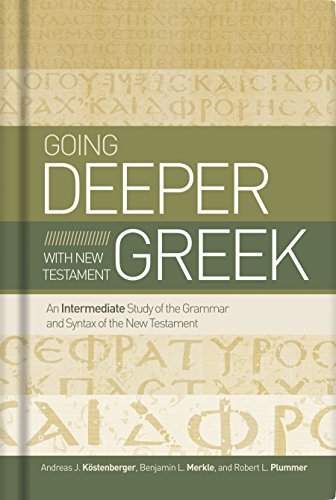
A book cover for Going Deeper with New Testament Greek: An Intermediate Study of the Grammar and Syntax of the New Testament; Andreas J. KÃ¶stenberger; Christian Books & Bibles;